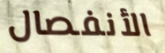
الأنفصال